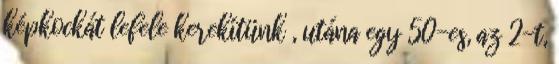
képkockát lefele kerekítünk , utána egy 50-es, az 2-t,